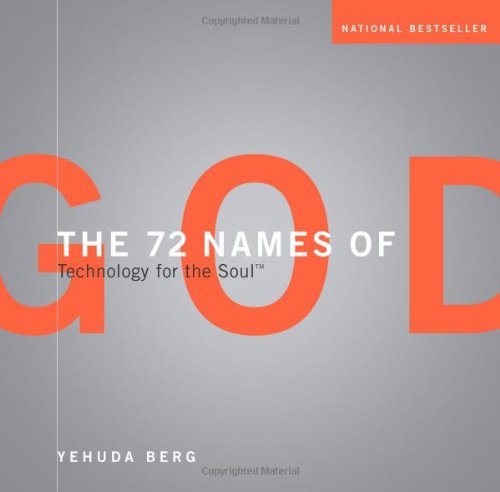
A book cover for The 72 Names of God: Technology for the Soul; Yehuda Berg; Religion & Spirituality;